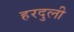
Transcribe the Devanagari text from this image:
हरदुली